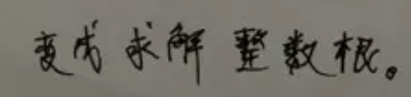
变成求解整数根。